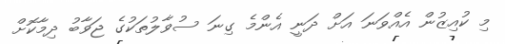
މި ކުއިޒުން އެއްވަނަ އަށް ދަނީ އެންމެ ގިނަ ސުވާލުތަކުގެ ޖަވާބު ދިމާކޮށް